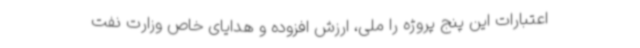
اعتبارات این پنج پروژه را ملی، ارزش افزوده و هدایای خاص وزارت نفت